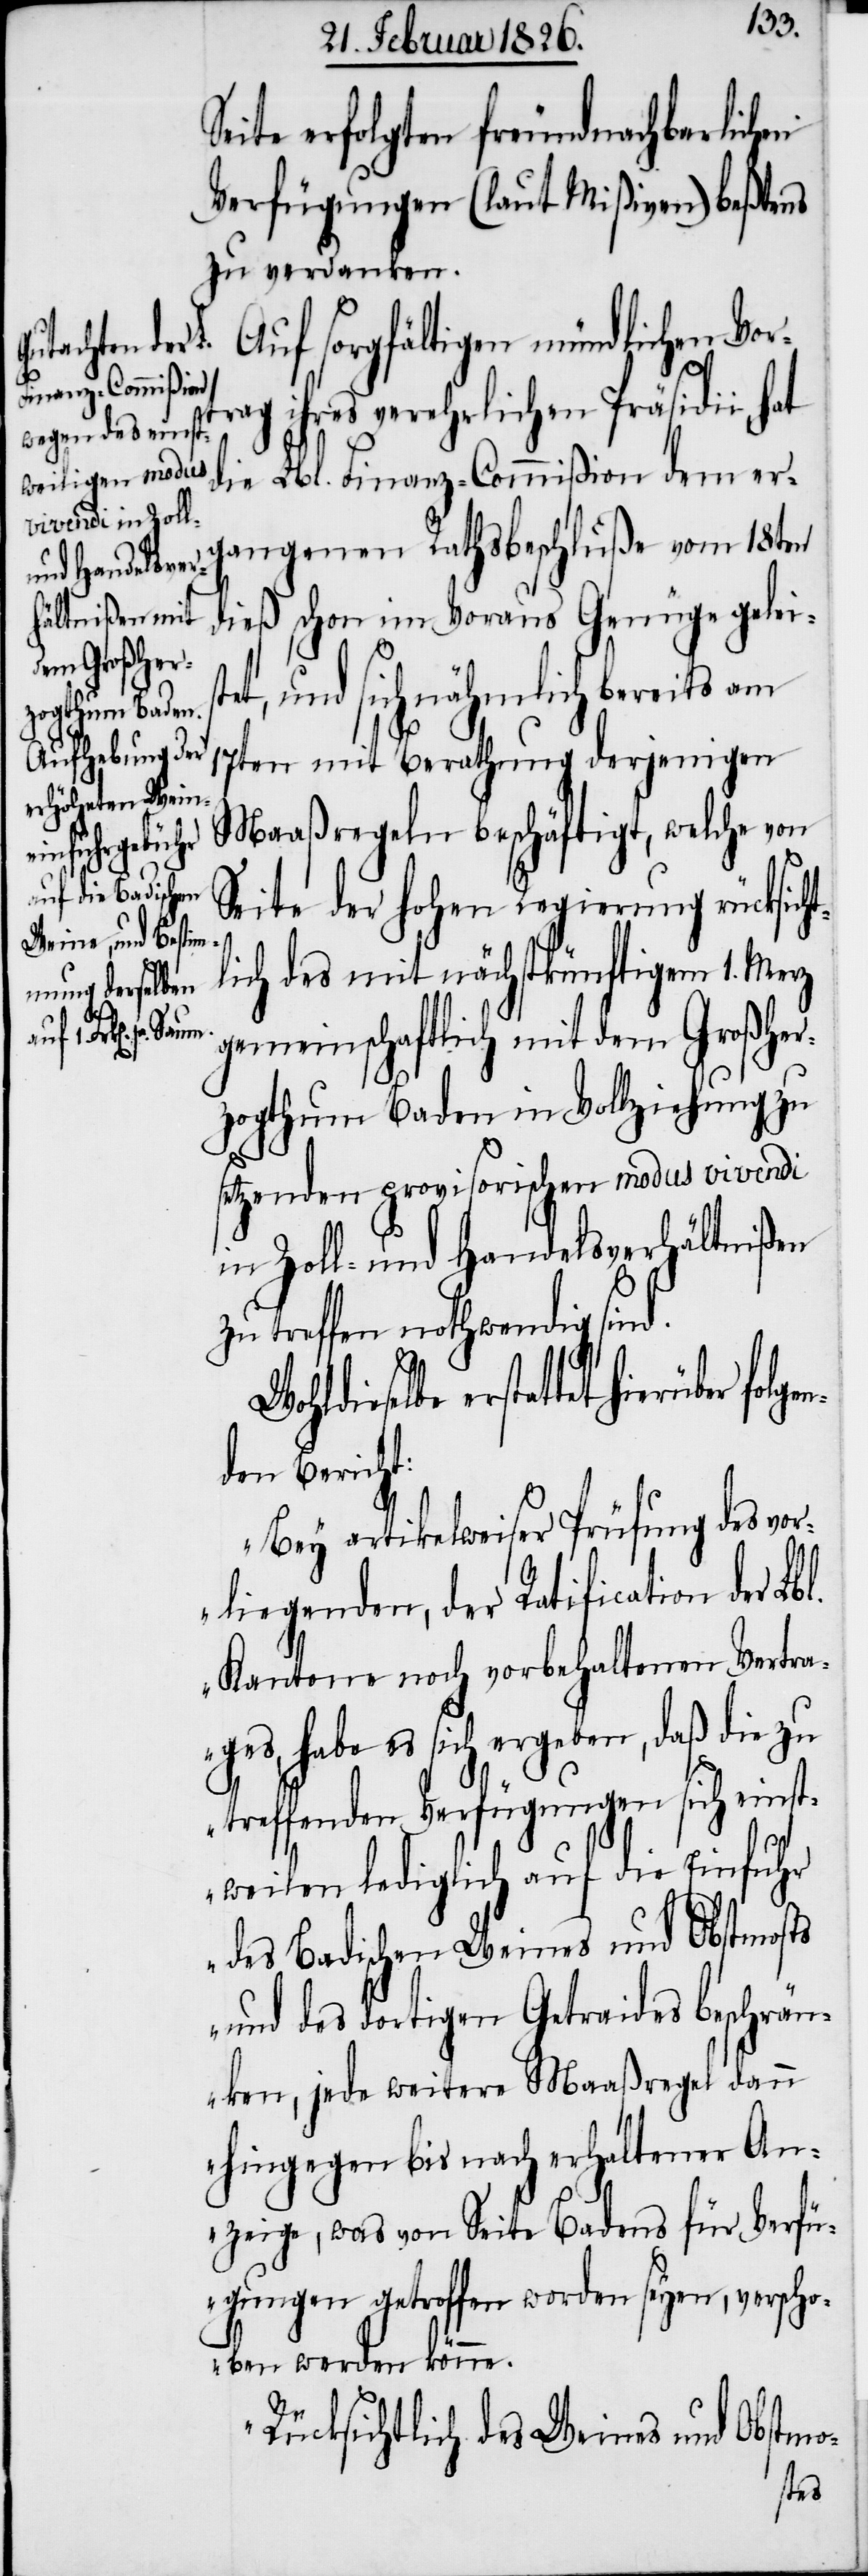
Seite erfolgten freundnachbarlichen
Verfügungen (laut Mißiven) beßtens
zu verdanken.
Auf sorgfältigen mündlichen Vor¬
ag ihres verehrlichen Präsidii,
die Lbl. Finanz-Commißion dem er¬
gangenen Rathsbeschluße vom 18ten
dieß schon im Voraus Genüge gelei¬
t, und sich nähmlich bereits am
tr¬
17ten mit Berathung derjenigen
Maaßregeln beschäftigt, welche von
Seite der hohen Regierung rücksicht¬
lich des mit nächstkünftigem 1. Merz
gemeinschaftlich mit dem Großher¬
zogthum Baden in Vollziehung zu
setzenden provisorischen modus vivendi
in Zoll- und Handelsverhältnißen
zu treffen nothwendig sind.
tet hierüber folgen¬
den Bericht:
„Bey artikelweiser Prüfung des vor¬
liegenden, der Ratification der
Kantone noch vorbehaltenen Vertra¬
ges, habe es sich ergeben, daß die zu
treffenden Verfügungen sich einst¬
weilen lediglich auf die Einfuhr
des Badischen Weines und Obstmosts
und des dortigen Getraides beschrän¬
ken, jede weitere Maaßregel dann
hingegen bis nach erhaltener An¬
zeige, was von Seite Badens für Verfü¬
gungen getroffen worden seyen, verscho¬
ben werden könne.
Rücksichtlich des Weines und Obstmo-
ste¬